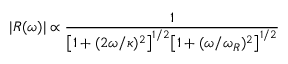
| R ( \omega ) | \propto \frac { 1 } { \big [ 1 + ( 2 \omega / \kappa ) ^ { 2 } \big ] ^ { 1 / 2 } \big [ 1 + ( \omega / \omega _ { R } ) ^ { 2 } \big ] ^ { 1 / 2 } }